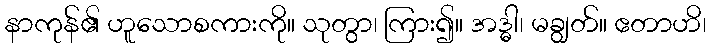
နာကုန်၏ ဟူသောစကားကို။ သုတွာ၊ ကြား၍။ အဒ္ဓါ၊ မချွတ်။ ဧတာဟိ၊